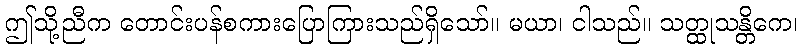
ဤသို့ညီက တောင်းပန်စကားပြောကြားသည်ရှိသော်။ မယာ၊ ငါသည်။ သတ္ထုသန္တိကေ၊